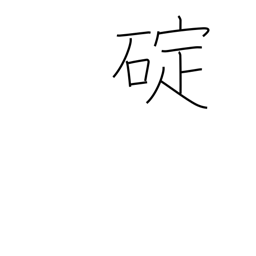
Meaning: grapnel